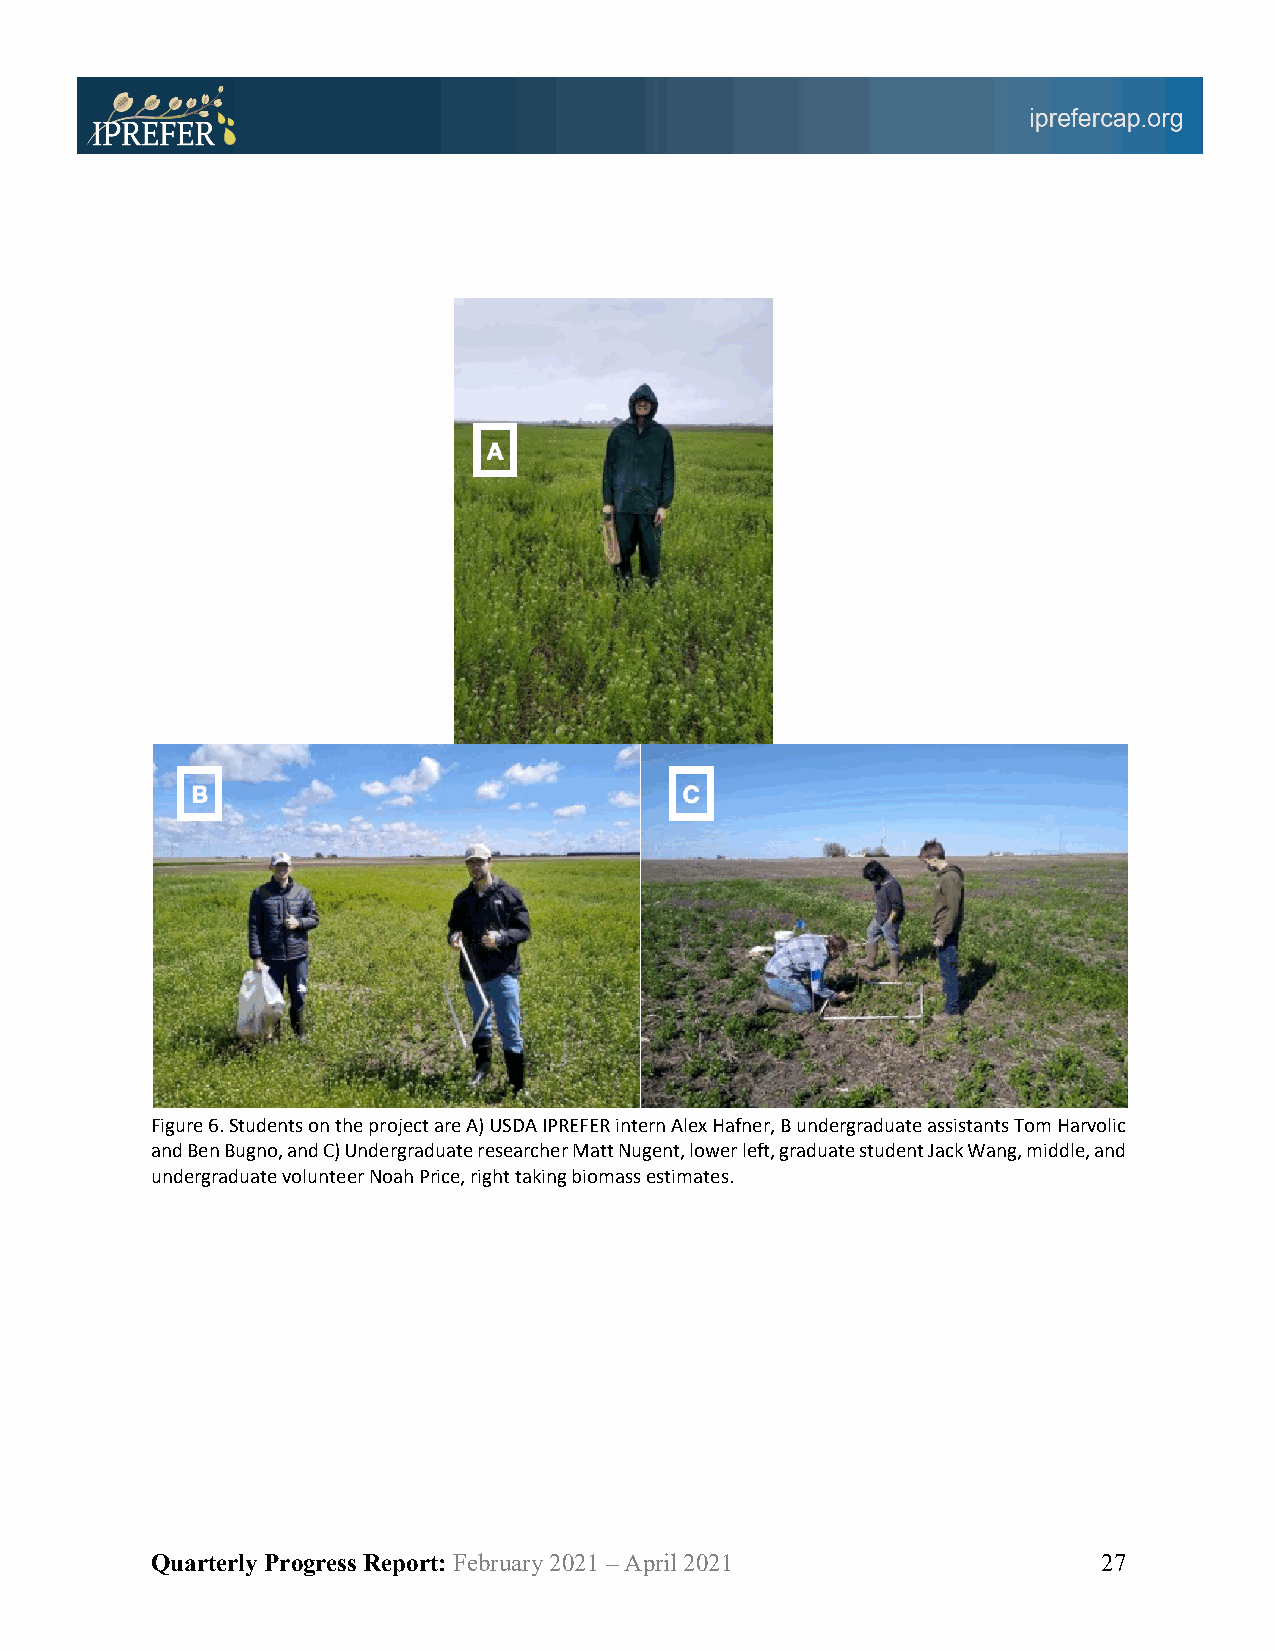
Figure 6. Students on the project are A) USDA IPREFER intern Alex Hafner, B undergraduate assistants Tom Harvolic
 and Ben Bugno, and C) Undergraduate researcher Matt Nugent, lower left, graduate student Jack Wang, middle, and
 undergraduate volunteer Noah Price, right taking biomass estimates.
 Quarterly Progress Report: February 2021 – April 2021          27